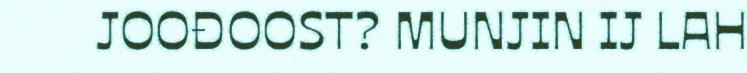
JOOĐOOST? MUNJIN IJ LAH